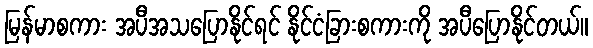
မြန်မာစကား အပီအသပြောနိုင်ရင် နိုင်ငံခြားစကားကို အပီပြောနိုင်တယ်။